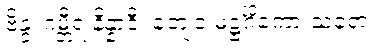
ဗိန္ဒု ဂမ္ဘီရ နိန္နာဒီ၊ တျေဝ မဋ္ဌင်္ဂိကော သရော။